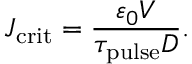
J _ { \mathrm { c r i t } } = \frac { \varepsilon _ { 0 } V } { \tau _ { \mathrm { p u l s e } } D } .